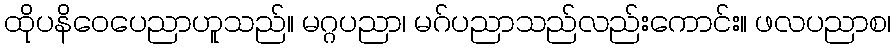
ထိုပနိဝေပေညာဟူသည်။ မဂ္ဂပညာ၊ မဂ်ပညာသည်လည်းကောင်း။ ဖလပညာစ၊